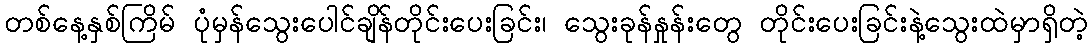
တစ်နေ့နှစ်ကြိမ် ပုံမှန်သွေးပေါင်ချိန်တိုင်းပေးခြင်း၊ သွေးခုန်နှုန်းတွေ တိုင်းပေးခြင်းနဲ့သွေးထဲမှာရှိတဲ့